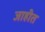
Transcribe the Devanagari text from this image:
जाहीत